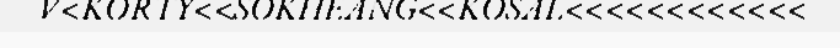
V<KORTY<<SOKHEANG<<KOSAL<<<<<<<<<<<<